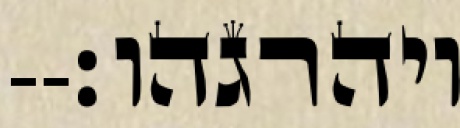
ויהרגהו׃--